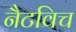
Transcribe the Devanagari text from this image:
नैटविच